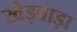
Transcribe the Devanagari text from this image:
खेड़वाड़ा